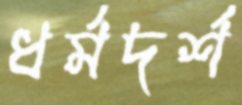
ধর্মদর্শ